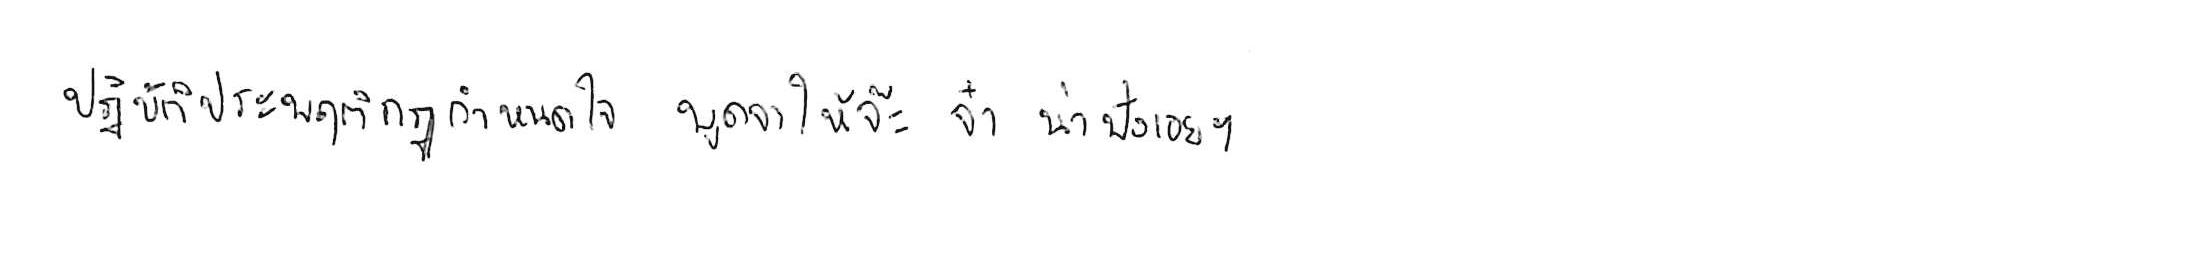
ปฏิบัติประพฤติกฎกำหนดใจ พูดจาให้จ๊ะๆ จ๋า น่าฟังเอยฯ